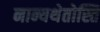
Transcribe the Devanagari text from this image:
नान्यथेतोस्ति